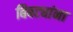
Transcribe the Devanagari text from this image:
बिबट्यांना